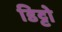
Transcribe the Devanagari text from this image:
डिट्टो